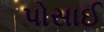
પોસાઈ